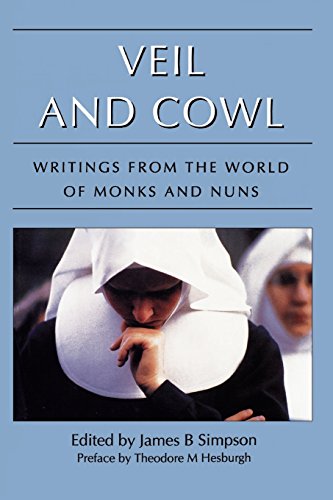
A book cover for Veil and Cowl: Writings From the World of Monks and Nuns; Religion & Spirituality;